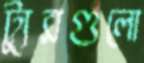
ট্যুরগুলো